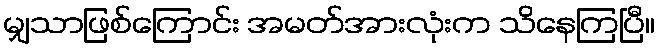
မျှသာဖြစ်ကြောင်း အမတ်အားလုံးက သိနေကြပြီ။